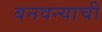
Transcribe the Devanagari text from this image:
बनवन्याची